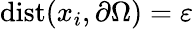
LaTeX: \mathrm{dist}(x_{i},\partial\Omega)=\varepsilon